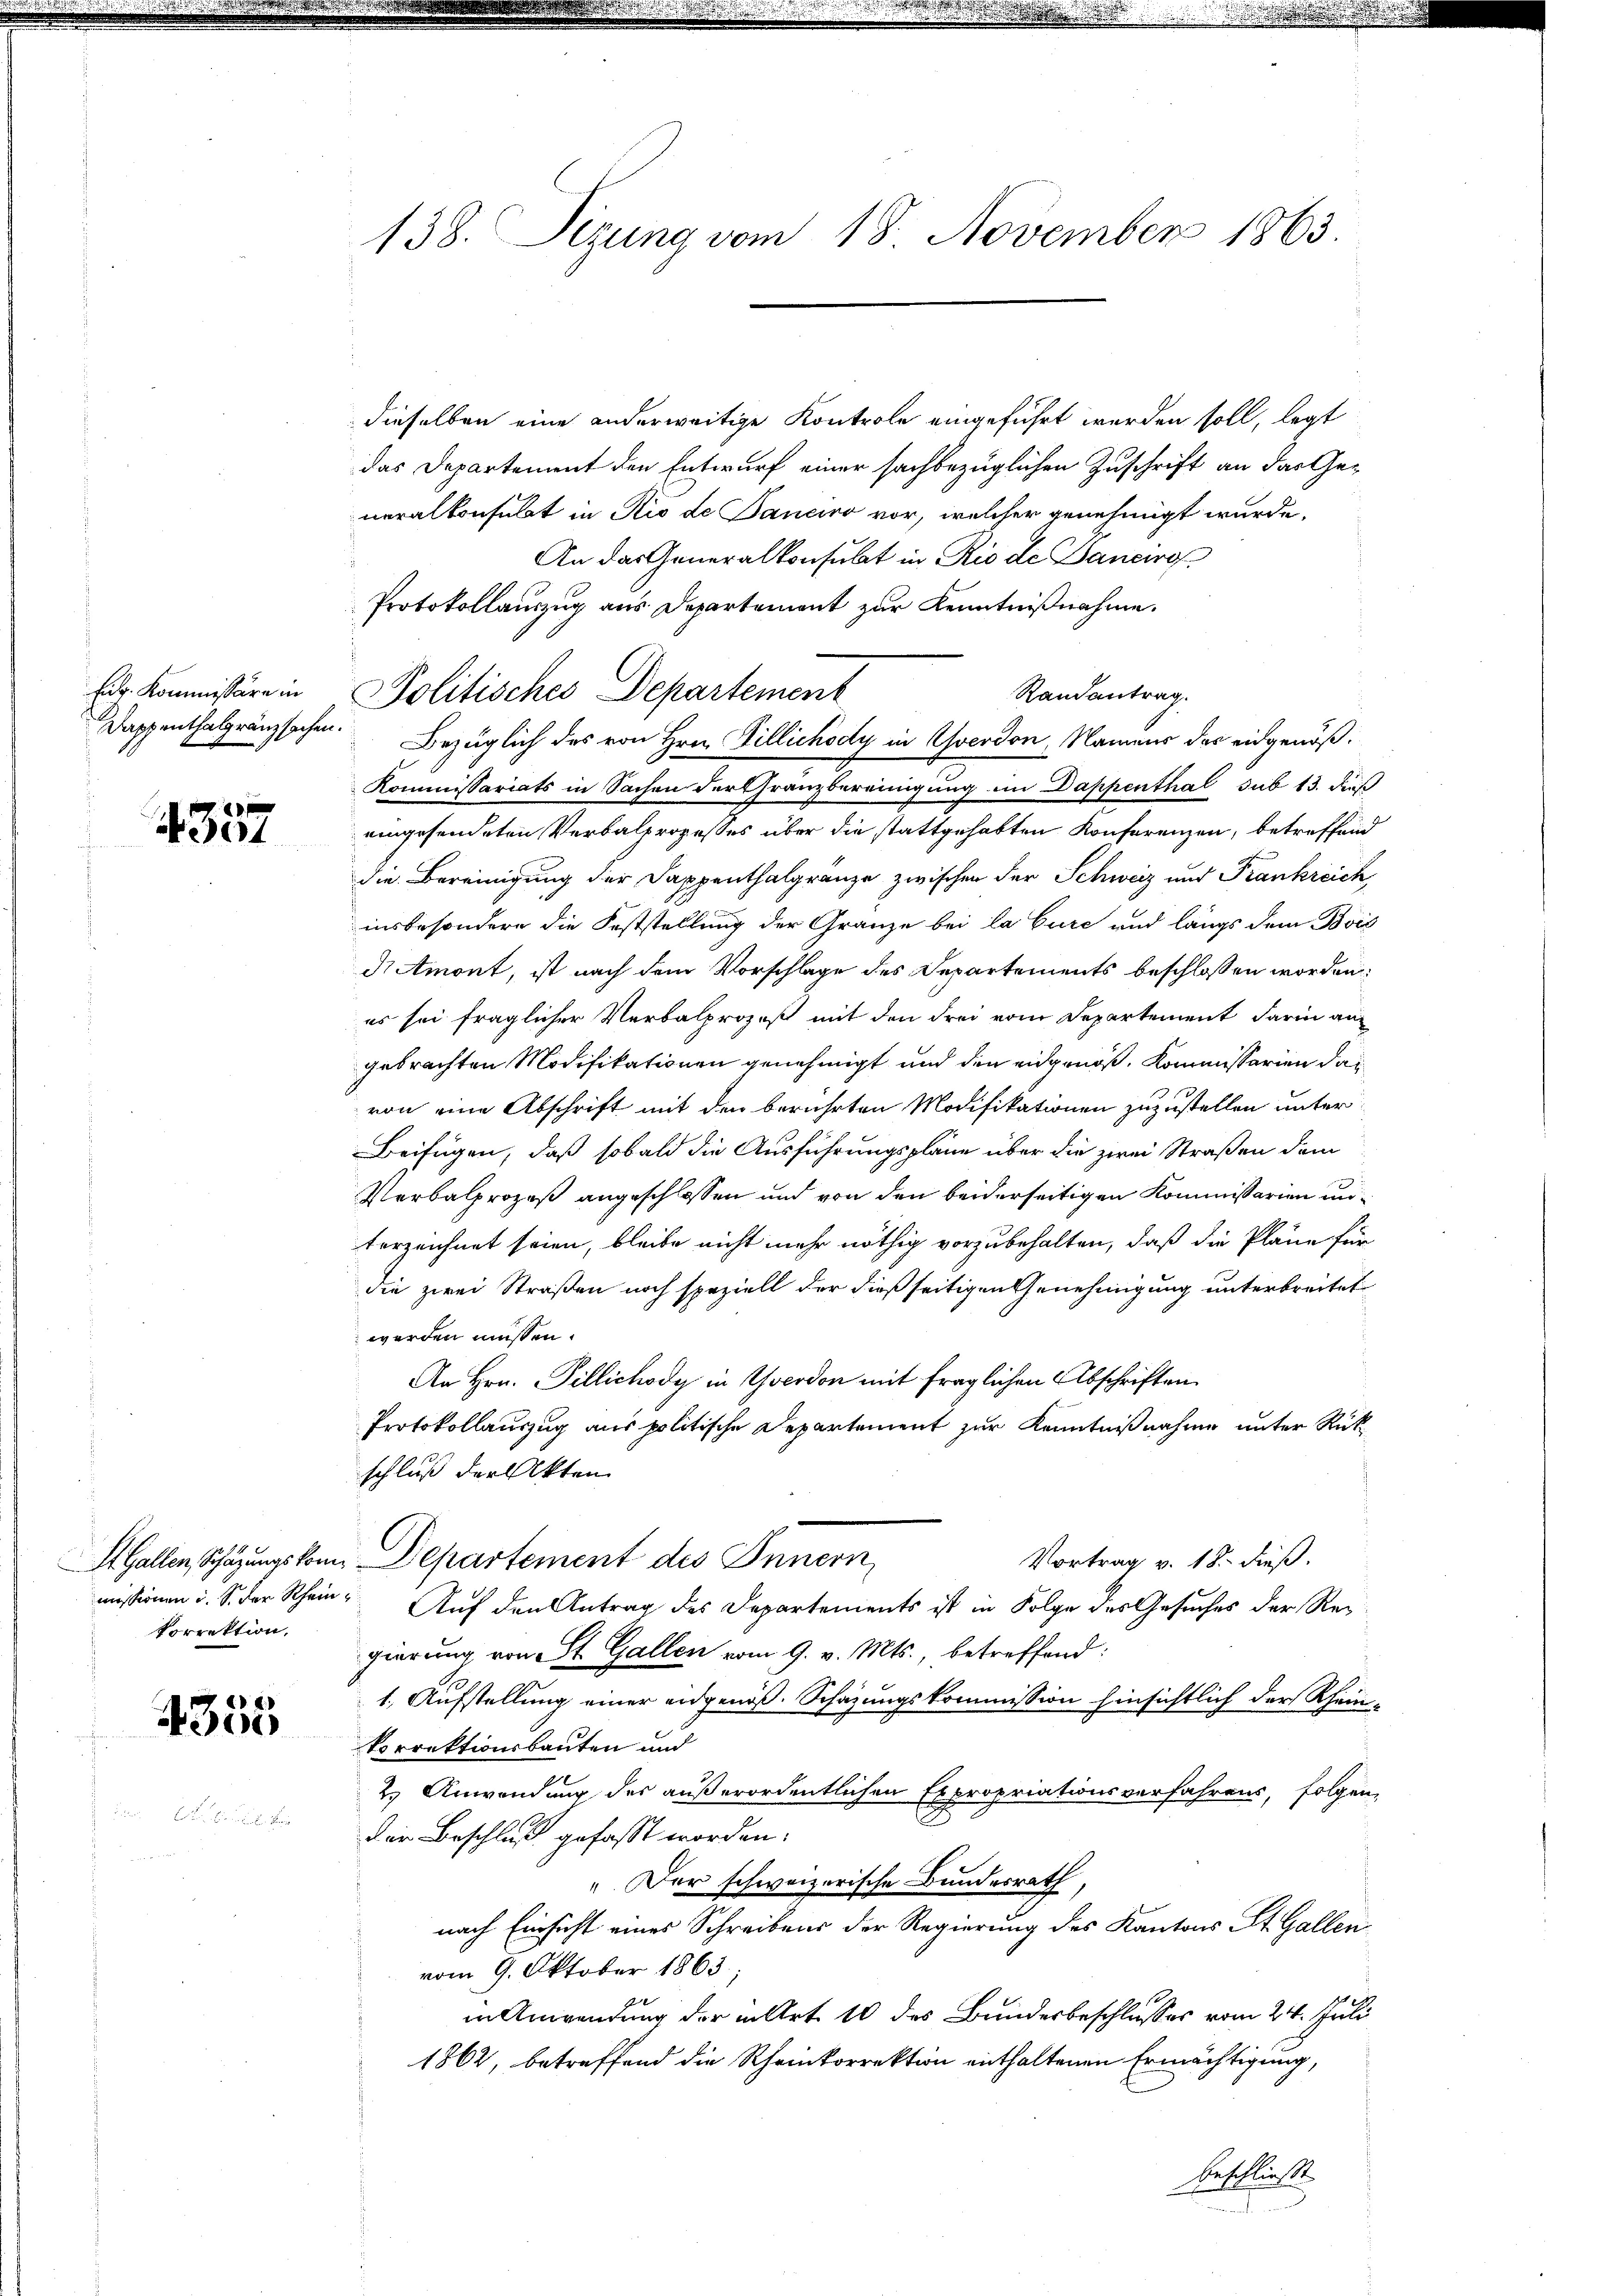
Eu. Kommissäre in
Dappenthalgränzsachen.

4357

St. Gallen, Schazungskomkorrektion.

4355

138. Sezung vom 18. November 1863.

dieselben eine anderweitige Kontrole eingeführt werden soll, legt
das Departement den Entwurf einer sachbezüglichen Zuschrift an das Generalkonsulat in Rio de Banciro vor, welcher genehmigt wurde.
An das Generalkonsulat in Rio de Bancire
Protokollauszug aus Departement zur Kenntnißnahme.
Randantrag.
Politisches Departement
Bezüglich des von Hrn. Billichody in Yverdon, Namens das eidgenöß¬
Kommissariats in Sachen der Gränzbereinigung im Dappenthal sub 13. dieß
eingesendeten Verbalprozesses über die stattgehabten Konferenzen, betreffend
die Bereinigung der Dappenthalgränze zwischen der Schweiz und Frankreich,
insbesondere die Feststellung der Gränze bei la Cure und längs dem Bois
dmont, ist nach dem Vorschlage des Departements beschlossen worden:
es sei fraglicher Verbalprozeß mit den drei vom Departement darin an
gebrachten Modifikationen genehmigt und den eidgenöß, Kommissarien das
von eine Abschrift mit den berührten Modifikationen zuzustellen unter
Beifügen, daß sobald die Ausführungspläne über die zwei Straßen dem
Verbalprozeß angeschlossen und von den beiderseitigen Kommissarien unterzeichnet seien, bleibe nicht mehr nöthig vorzubehalten, daß die Pläne für
die zwei Straßen noch speziell der dießseitigen Genehmigung unterbreitet
werden müssen.
An Hrn. Tillichody in Yverdon mit fraglichen Abschriften
Protokollauszug aus politische Departement zur Kenntnißnahme unter Rükschluß der Akten
Departement des Innern,
Vortrag v. 18. dieß.
missionen u. S. der Rhein. Auf den Antrag des Departements ist in Folge des Gesuches der Regierung von St. Gallen vom 9. v. Mts., betreffend:
1. Aufstellung einer eidgenöß. Schazungskommission hinsichtlich der Rhein-
Vorrektionsbauten und
2.) Anwendung des außerordentlichen Expropriationsverfahrens, folgen,
der Beschluß gefasst worden.
" Der schweizerische Bundesrath,
nach Einsicht eines Schreibens der Regierung des Kantons St. Gallen
vom 9. Oktober 1863.
in Anwendung der in Art. 10 des Bundesbeschlusses vom 24. Juli
1862, betreffend die Rheinkorrektion enthaltenen Ermächtigung,
beschließt.